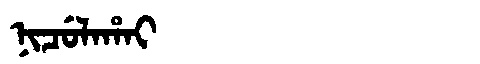
Manchu: ᠨᡳᠴᡠᠯᠠᡥᠠᡳ
Romanization: NICULAHAI